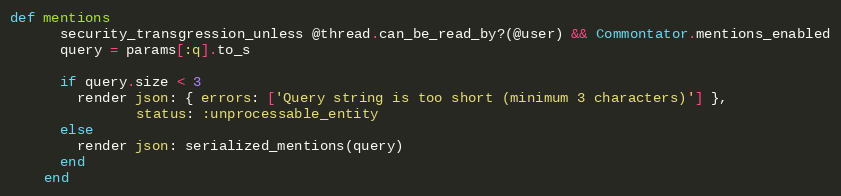
Language: Ruby
def mentions
      security_transgression_unless @thread.can_be_read_by?(@user) && Commontator.mentions_enabled
      query = params[:q].to_s

      if query.size < 3
        render json: { errors: ['Query string is too short (minimum 3 characters)'] },
               status: :unprocessable_entity
      else
        render json: serialized_mentions(query)
      end
    end